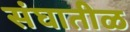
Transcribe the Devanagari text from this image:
संघातीळ